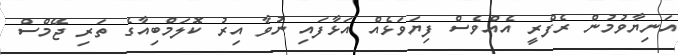
އަނިޔާވުމުން ރެފްރީ އެއްވެސް ފިޔަވަޅެއް އަޅާފައި ނުވާ އިރު ކޮލަމްބިއާގެ ތަރި ޖޭމްސް